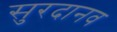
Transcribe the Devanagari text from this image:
सुरदानव